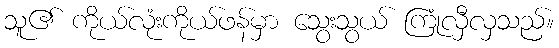
သူ၏ ကိုယ်လုံးကိုယ်ဖန်မှာ သွေးသွယ် ကြုံလှီလှသည်။